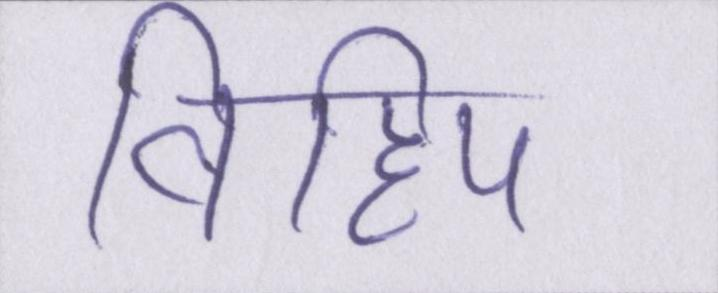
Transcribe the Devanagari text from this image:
विहिप